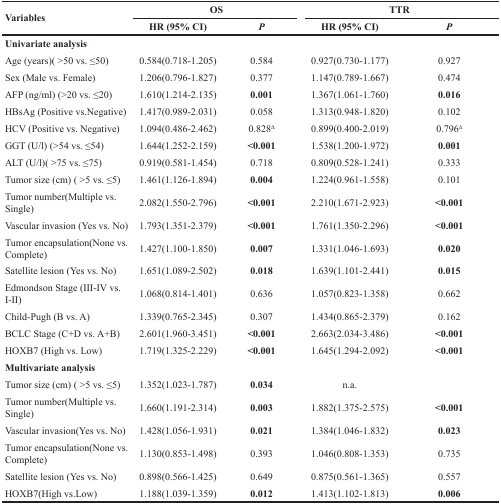
<table><thead><tr><td rowspan="2"><b>Variables</b></td><td colspan="2"><b>OS</b></td><td colspan="2"><b>TTR</b></td></tr><tr><td><b>HR (95% CI)</b></td><td><b><i>P</i></b></td><td><b>HR (95% CI)</b></td><td><b><i>P</i></b></td></tr></thead><tbody><tr><td><b>Univariate analysis</b></td><td></td><td></td><td></td><td></td></tr><tr><td>Age (years)( &gt;50 vs. ≤50)</td><td>0.584(0.718-1.205)</td><td>0.584</td><td>0.927(0.730-1.177)</td><td>0.927</td></tr><tr><td>Sex (Male vs. Female)</td><td>1.206(0.796-1.827)</td><td>0.377</td><td>1.147(0.789-1.667)</td><td>0.474</td></tr><tr><td>AFP (ng/ml) (&gt;20 vs. ≤20)</td><td>1.610(1.214-2.135)</td><td><b>0.001</b></td><td>1.367(1.061-1.760)</td><td><b>0.016</b></td></tr><tr><td>HBsAg (Positive vs. Negative)</td><td>1.417(0.989-2.031)</td><td>0.058</td><td>1.313(0.948-1.820)</td><td>0.102</td></tr><tr><td>HCV (Positive vs. Negative)</td><td>1.094(0.486-2.462)</td><td>0.828<sup>Δ</sup></td><td>0.899(0.400-2.019)</td><td>0.796<sup>Δ</sup></td></tr><tr><td>GGT (U/l) (&gt;54 vs. ≤54)</td><td>1.644(1.252-2.159)</td><td><b>&lt;0.001</b></td><td>1.538(1.200-1.972)</td><td><b>0.001</b></td></tr><tr><td>ALT (U/l)( &gt;75 vs. ≤75)</td><td>0.919(0.581-1.454)</td><td>0.718</td><td>0.809(0.528-1.241)</td><td>0.333</td></tr><tr><td>Tumor size (cm) ( &gt;5 vs. ≤5)</td><td>1.461(1.126-1.894)</td><td><b>0.004</b></td><td>1.224(0.961-1.558)</td><td>0.101</td></tr><tr><td>Tumor number(Multiple vs. Single)</td><td>2.082(1.550-2.796)</td><td><b>&lt;0.001</b></td><td>2.210(1.671-2.923)</td><td><b>&lt;0.001</b></td></tr><tr><td>Vascular invasion (Yes vs. No)</td><td>1.793(1.351-2.379)</td><td><b>&lt;0.001</b></td><td>1.761(1.350-2.296)</td><td><b>&lt;0.001</b></td></tr><tr><td>Tumor encapsulation(None vs. Complete)</td><td>1.427(1.100-1.850)</td><td><b>0.007</b></td><td>1.331(1.046-1.693)</td><td><b>0.020</b></td></tr><tr><td>Satellite lesion (Yes vs. No)</td><td>1.651(1.089-2.502)</td><td><b>0.018</b></td><td>1.639(1.101-2.441)</td><td><b>0.015</b></td></tr><tr><td>Edmondson Stage (III-IV vs. I-II)</td><td>1.068(0.814-1.401)</td><td>0.636</td><td>1.057(0.823-1.358)</td><td>0.662</td></tr><tr><td>Child-Pugh (B vs. A)</td><td>1.339(0.765-2.345)</td><td>0.307</td><td>1.434(0.865-2.379)</td><td>0.162</td></tr><tr><td>BCLC Stage (C+D vs. A+B)</td><td>2.601(1.960-3.451)</td><td><b>&lt;0.001</b></td><td>2.663(2.034-3.486)</td><td><b>&lt;0.001</b></td></tr><tr><td>HOXB7 (High vs. Low)</td><td>1.719(1.325-2.229)</td><td><b>&lt;0.001</b></td><td>1.645(1.294-2.092)</td><td><b>&lt;0.001</b></td></tr><tr><td><b>Multivariate analysis</b></td><td></td><td></td><td></td><td></td></tr><tr><td>Tumor size (cm) ( &gt;5 vs. ≤5)</td><td>1.352(1.023-1.787)</td><td><b>0.034</b></td><td>n.a.</td><td></td></tr><tr><td>Tumor number(Multiple vs. Single)</td><td>1.660(1.191-2.314)</td><td><b>0.003</b></td><td>1.882(1.375-2.575)</td><td><b>&lt;0.001</b></td></tr><tr><td>Vascular invasion(Yes vs. No)</td><td>1.428(1.056-1.931)</td><td><b>0.021</b></td><td>1.384(1.046-1.832)</td><td><b>0.023</b></td></tr><tr><td>Tumor encapsulation(None vs. Complete)</td><td>1.130(0.853-1.498)</td><td>0.393</td><td>1.046(0.808-1.353)</td><td>0.735</td></tr><tr><td>Satellite lesion (Yes vs. No)</td><td>0.898(0.566-1.425)</td><td>0.649</td><td>0.875(0.561-1.365)</td><td>0.557</td></tr><tr><td>HOXB7(High vs. Low)</td><td>1.188(1.039-1.359)</td><td><b>0.012</b></td><td>1.413(1.102-1.813)</td><td><b>0.006</b></td></tr></tbody></table>